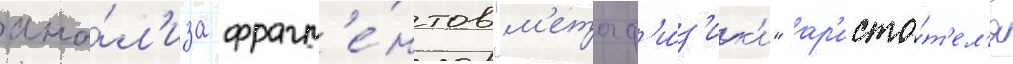
ана́л'иза фрагм'е́нтов "м'етаф'и́з'ик'и" ар'исто́т'ел'я